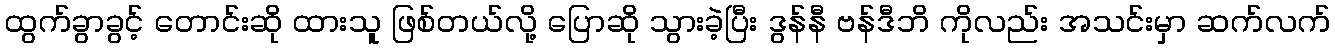
ထွက်ခွာခွင့် တောင်းဆို ထားသူ ဖြစ်တယ်လို့ ပြောဆို သွားခဲ့ပြီး ဒွန်နီ ဗန်ဒီဘိ ကိုလည်း အသင်းမှာ ဆက်လက်